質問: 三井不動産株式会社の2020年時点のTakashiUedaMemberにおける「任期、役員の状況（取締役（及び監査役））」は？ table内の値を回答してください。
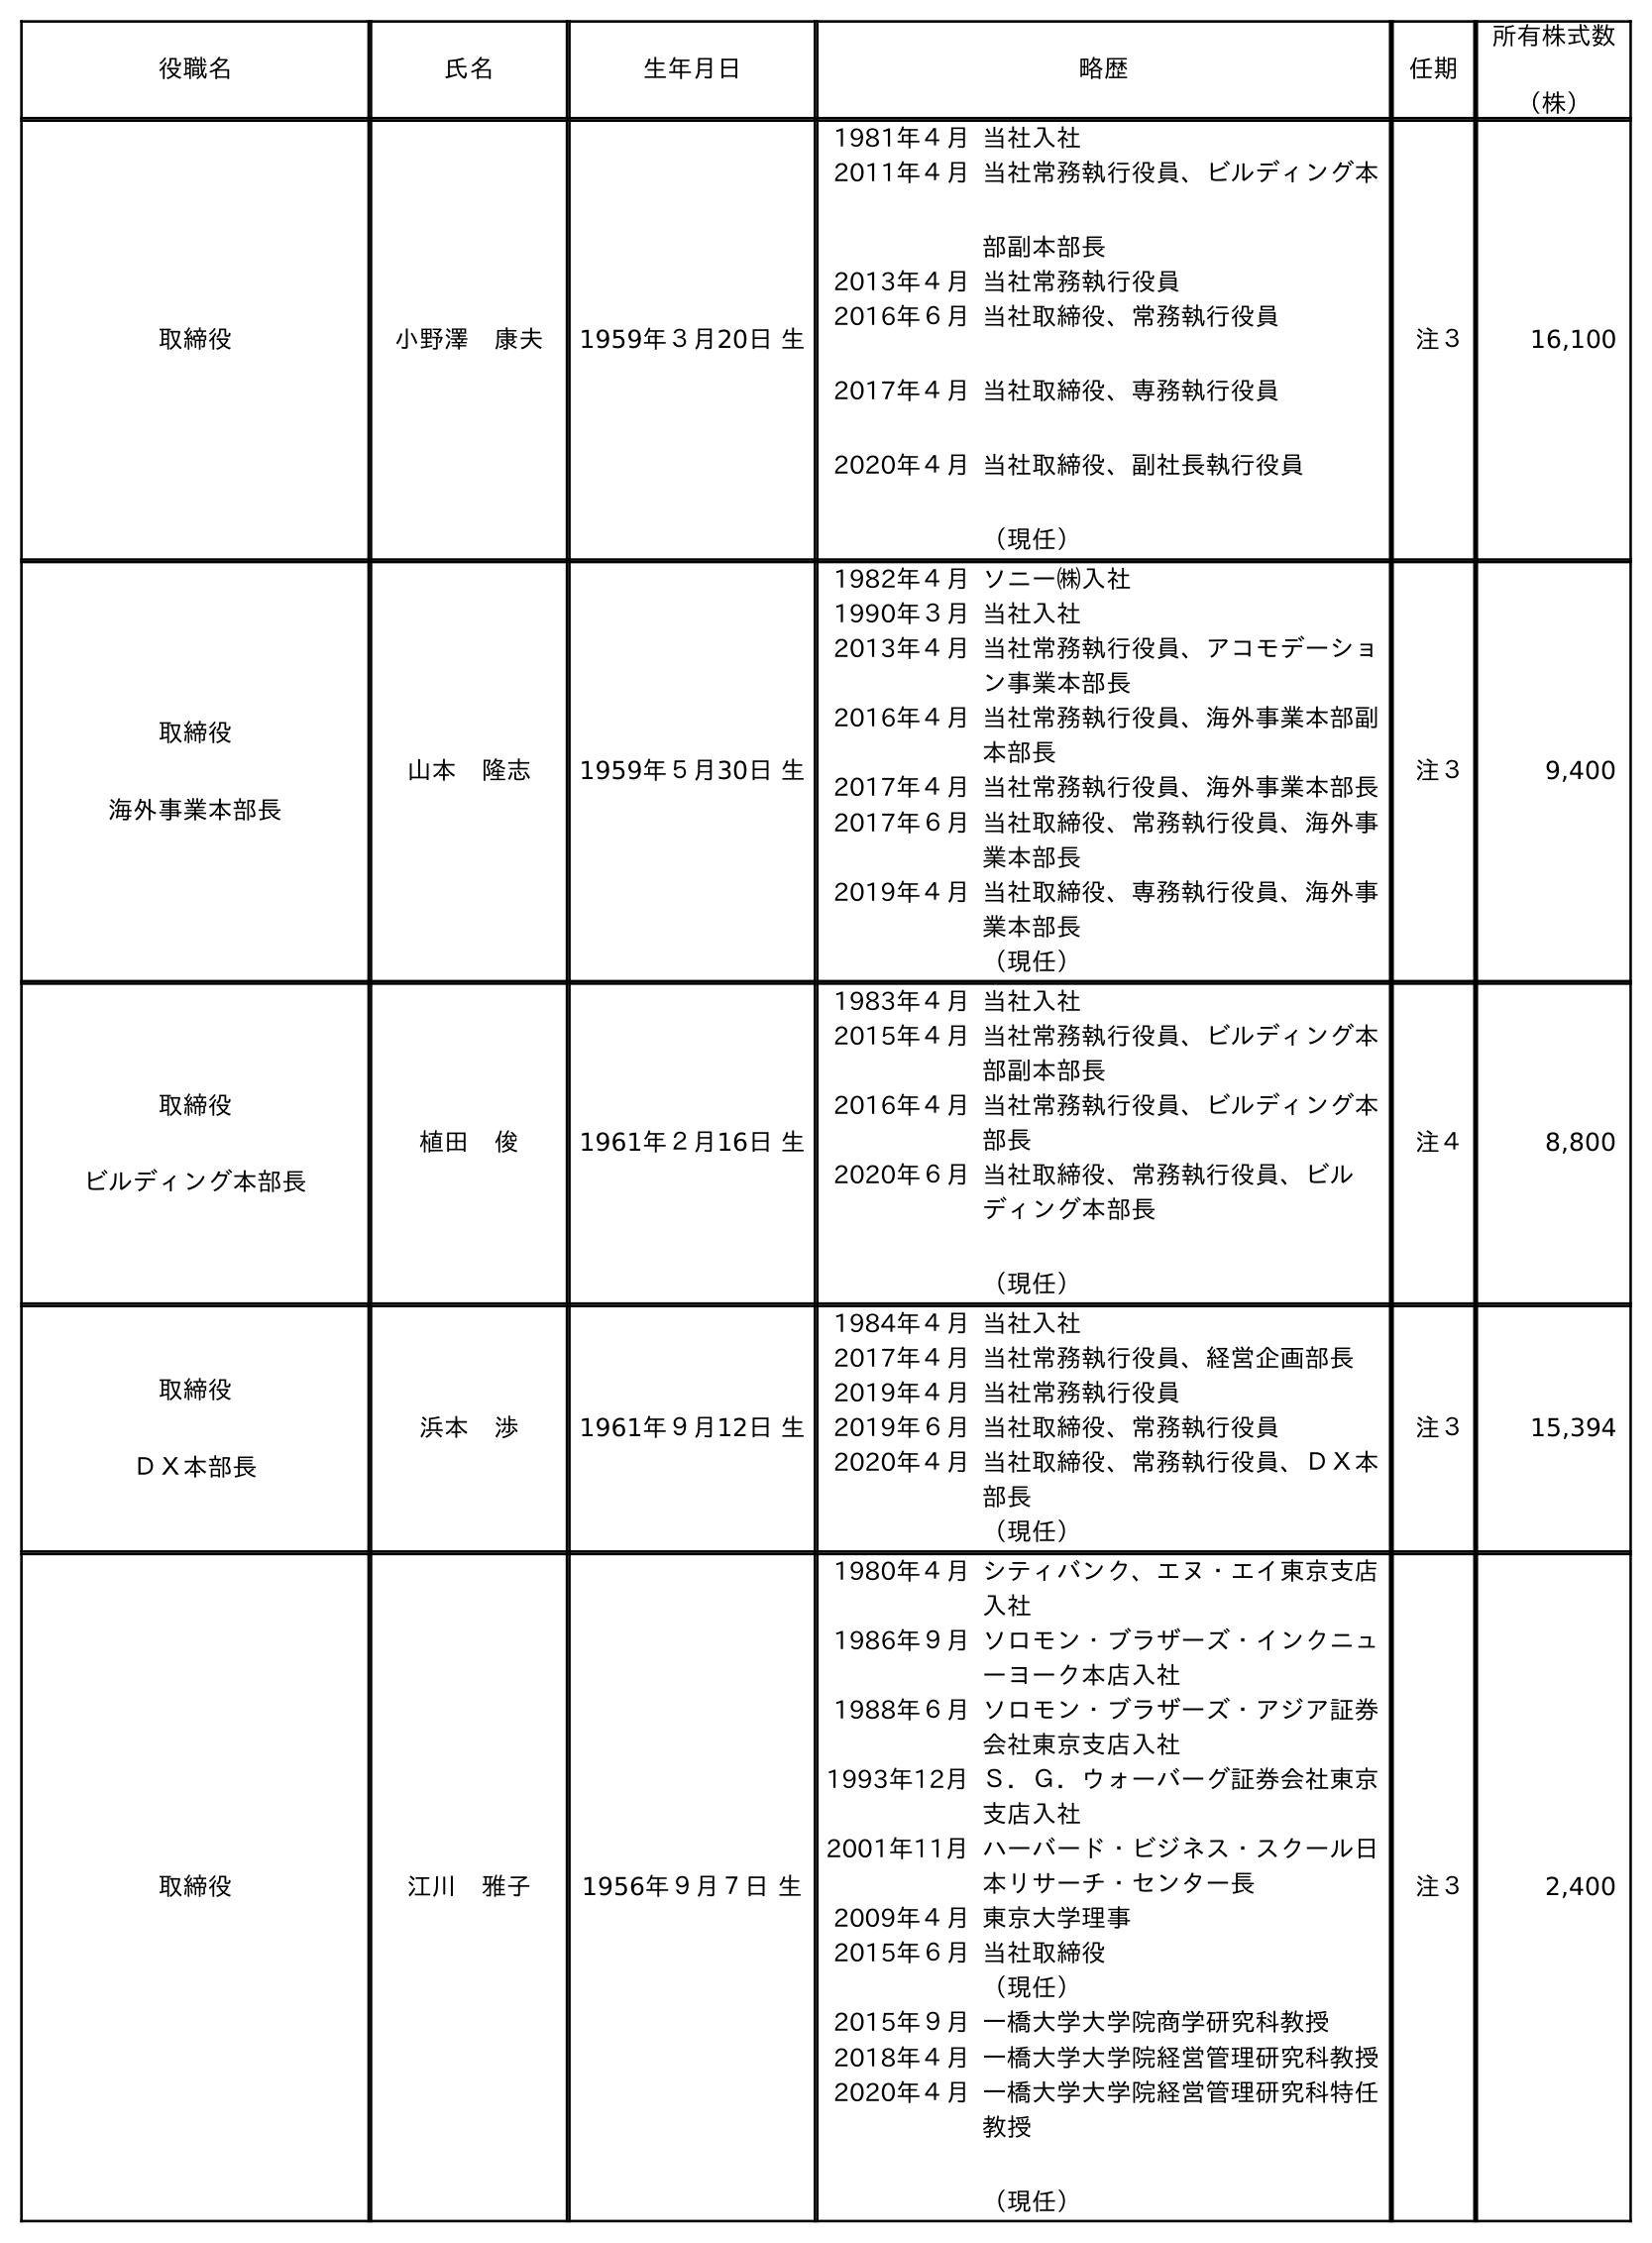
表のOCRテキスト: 役職名 氏名 生年月日 略歴 任期 所有株式数 （株） 取締役 小野澤 康夫 1959年３月20日 生 1981年４月当社入社 2011年４月当社常務執行役員、ビルディング本 部副本部長 2013年４月当社常務執行役員 2016年６月 2017年４月 2020年４月 当社取締役、常務執行役員 当社取締役、専務執行役員 当社取締役、副社長執行役員 （現任） 注３ 16,100 取締役 海外事業本部長 山本 隆志 1959年５月30日 生 1982年４月ソニー㈱入社 1990年３月当社入社 2013年４月当社常務執行役員、アコモデーショ ン事業本部長 2016年４月当社常務執行役員、海外事業本部副 本部長 2017年４月当社常務執行役員、海外事業本部長 2017年６月当社取締役、常務執行役員、海外事 業本部長 2019年４月当社取締役、専務執行役員、海外事 業本部長 （現任） 注３ 9,400 取締役 ビルディング本部長 植田 俊 1961年２月16日 生 1983年４月当社入社 2015年４月当社常務執行役員、ビルディング本 部副本部長 2016年４月当社常務執行役員、ビルディング本 部長 2020年６月当社取締役、常務執行役員、ビル ディング本部長 （現任） 注４ 8,800 取締役 ＤＸ本部長 浜本 渉 1961年９月12日 生 1984年４月当社入社 2017年４月当社常務執行役員、経営企画部長 2019年４月当社常務執行役員 2019年６月当社取締役、常務執行役員 2020年４月当社取締役、常務執行役員、ＤＸ本 部長 （現任） 注３ 15,394 取締役 江川 雅子 1956年９月７日 生 1980年４月シティバンク、エヌ・エイ東京支店 入社 1986年９月ソロモン・ブラザーズ・インクニュ ーヨーク本店入社 1988年６月ソロモン・ブラザーズ・アジア証券 会社東京支店入社 1993年12月Ｓ．Ｇ．ウォーバーグ証券会社東京 支店入社 2001年11月ハーバード・ビジネス・スクール日 本リサーチ・センター長 2009年４月東京大学理事 2015年６月当社取締役 （現任） 2015年９月一橋大学大学院商学研究科教授 2018年４月一橋大学大学院経営管理研究科教授 2020年４月一橋大学大学院経営管理研究科特任 教授 （現任） 注３ 2,400
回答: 注４